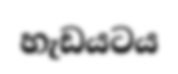
හැඩයටය